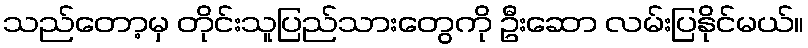
သည်တော့မှ တိုင်းသူပြည်သားတွေကို ဦးဆော လမ်းပြနိုင်မယ်။